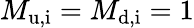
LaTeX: M_{\mathrm{u,i}}=M_{\mathrm{d,i}}=1